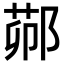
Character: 𬪋